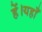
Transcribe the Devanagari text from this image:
हें।यहाँ